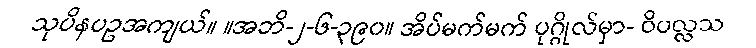
သုပိနပဥအကျယ်။ ။အဘိ-၂-၆-၃၉၀။ အိပ်မက်မက် ပုဂ္ဂိုလ်မှာ- ဝိပလ္လသ